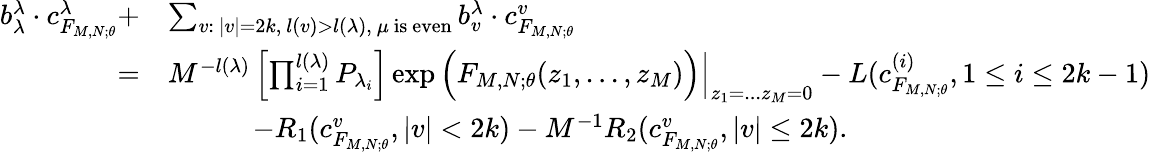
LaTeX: \begin{array}{rl}{b_{\lambda}^{\lambda}\cdot c_{F_{M,N;\theta}}^{\lambda}+}&{\sum_{v:\ |v|=2k,\ l(v)>l(\lambda),\ \mu\mathrm{\ is\ even}}b_{v}^{\lambda}\cdot c_{F_{M,N;\theta}}^{v}}\\ {=}&{M^{-l(\lambda)}\left[\prod_{i=1}^{l(\lambda)}P_{\lambda_{i}}\right]\exp\Big(F_{M,N;\theta}(z_{1},...,z_{M})\Big)\Bigr|_{z_{1}=...z_{M}=0}-L(c_{F_{M,N;\theta}}^{(i)},1\le i\le 2k-1)}\\ &{\quad\quad\quad-R_{1}(c_{F_{M,N;\theta}}^{v},|v|<2k)-M^{-1}R_{2}(c_{F_{M,N;\theta}}^{v},|v|\le 2k).}\end{array}